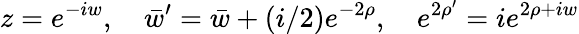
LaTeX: z=e^{-iw},\quad\bar{w}^{\prime}=\bar{w}+(i/2)e^{-2\rho},\quad e^{2\rho^{\prime}}=ie^{2\rho+iw}